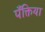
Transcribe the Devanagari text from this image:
पँक्तिया